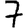
Digit: 7